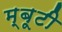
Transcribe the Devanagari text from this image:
म्बूटी